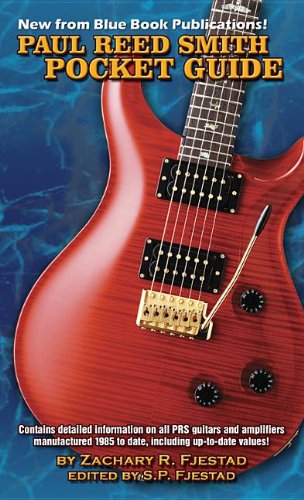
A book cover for Paul Reed Smith Pocket Guide; Zachary R. Fjestad; Crafts, Hobbies & Home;